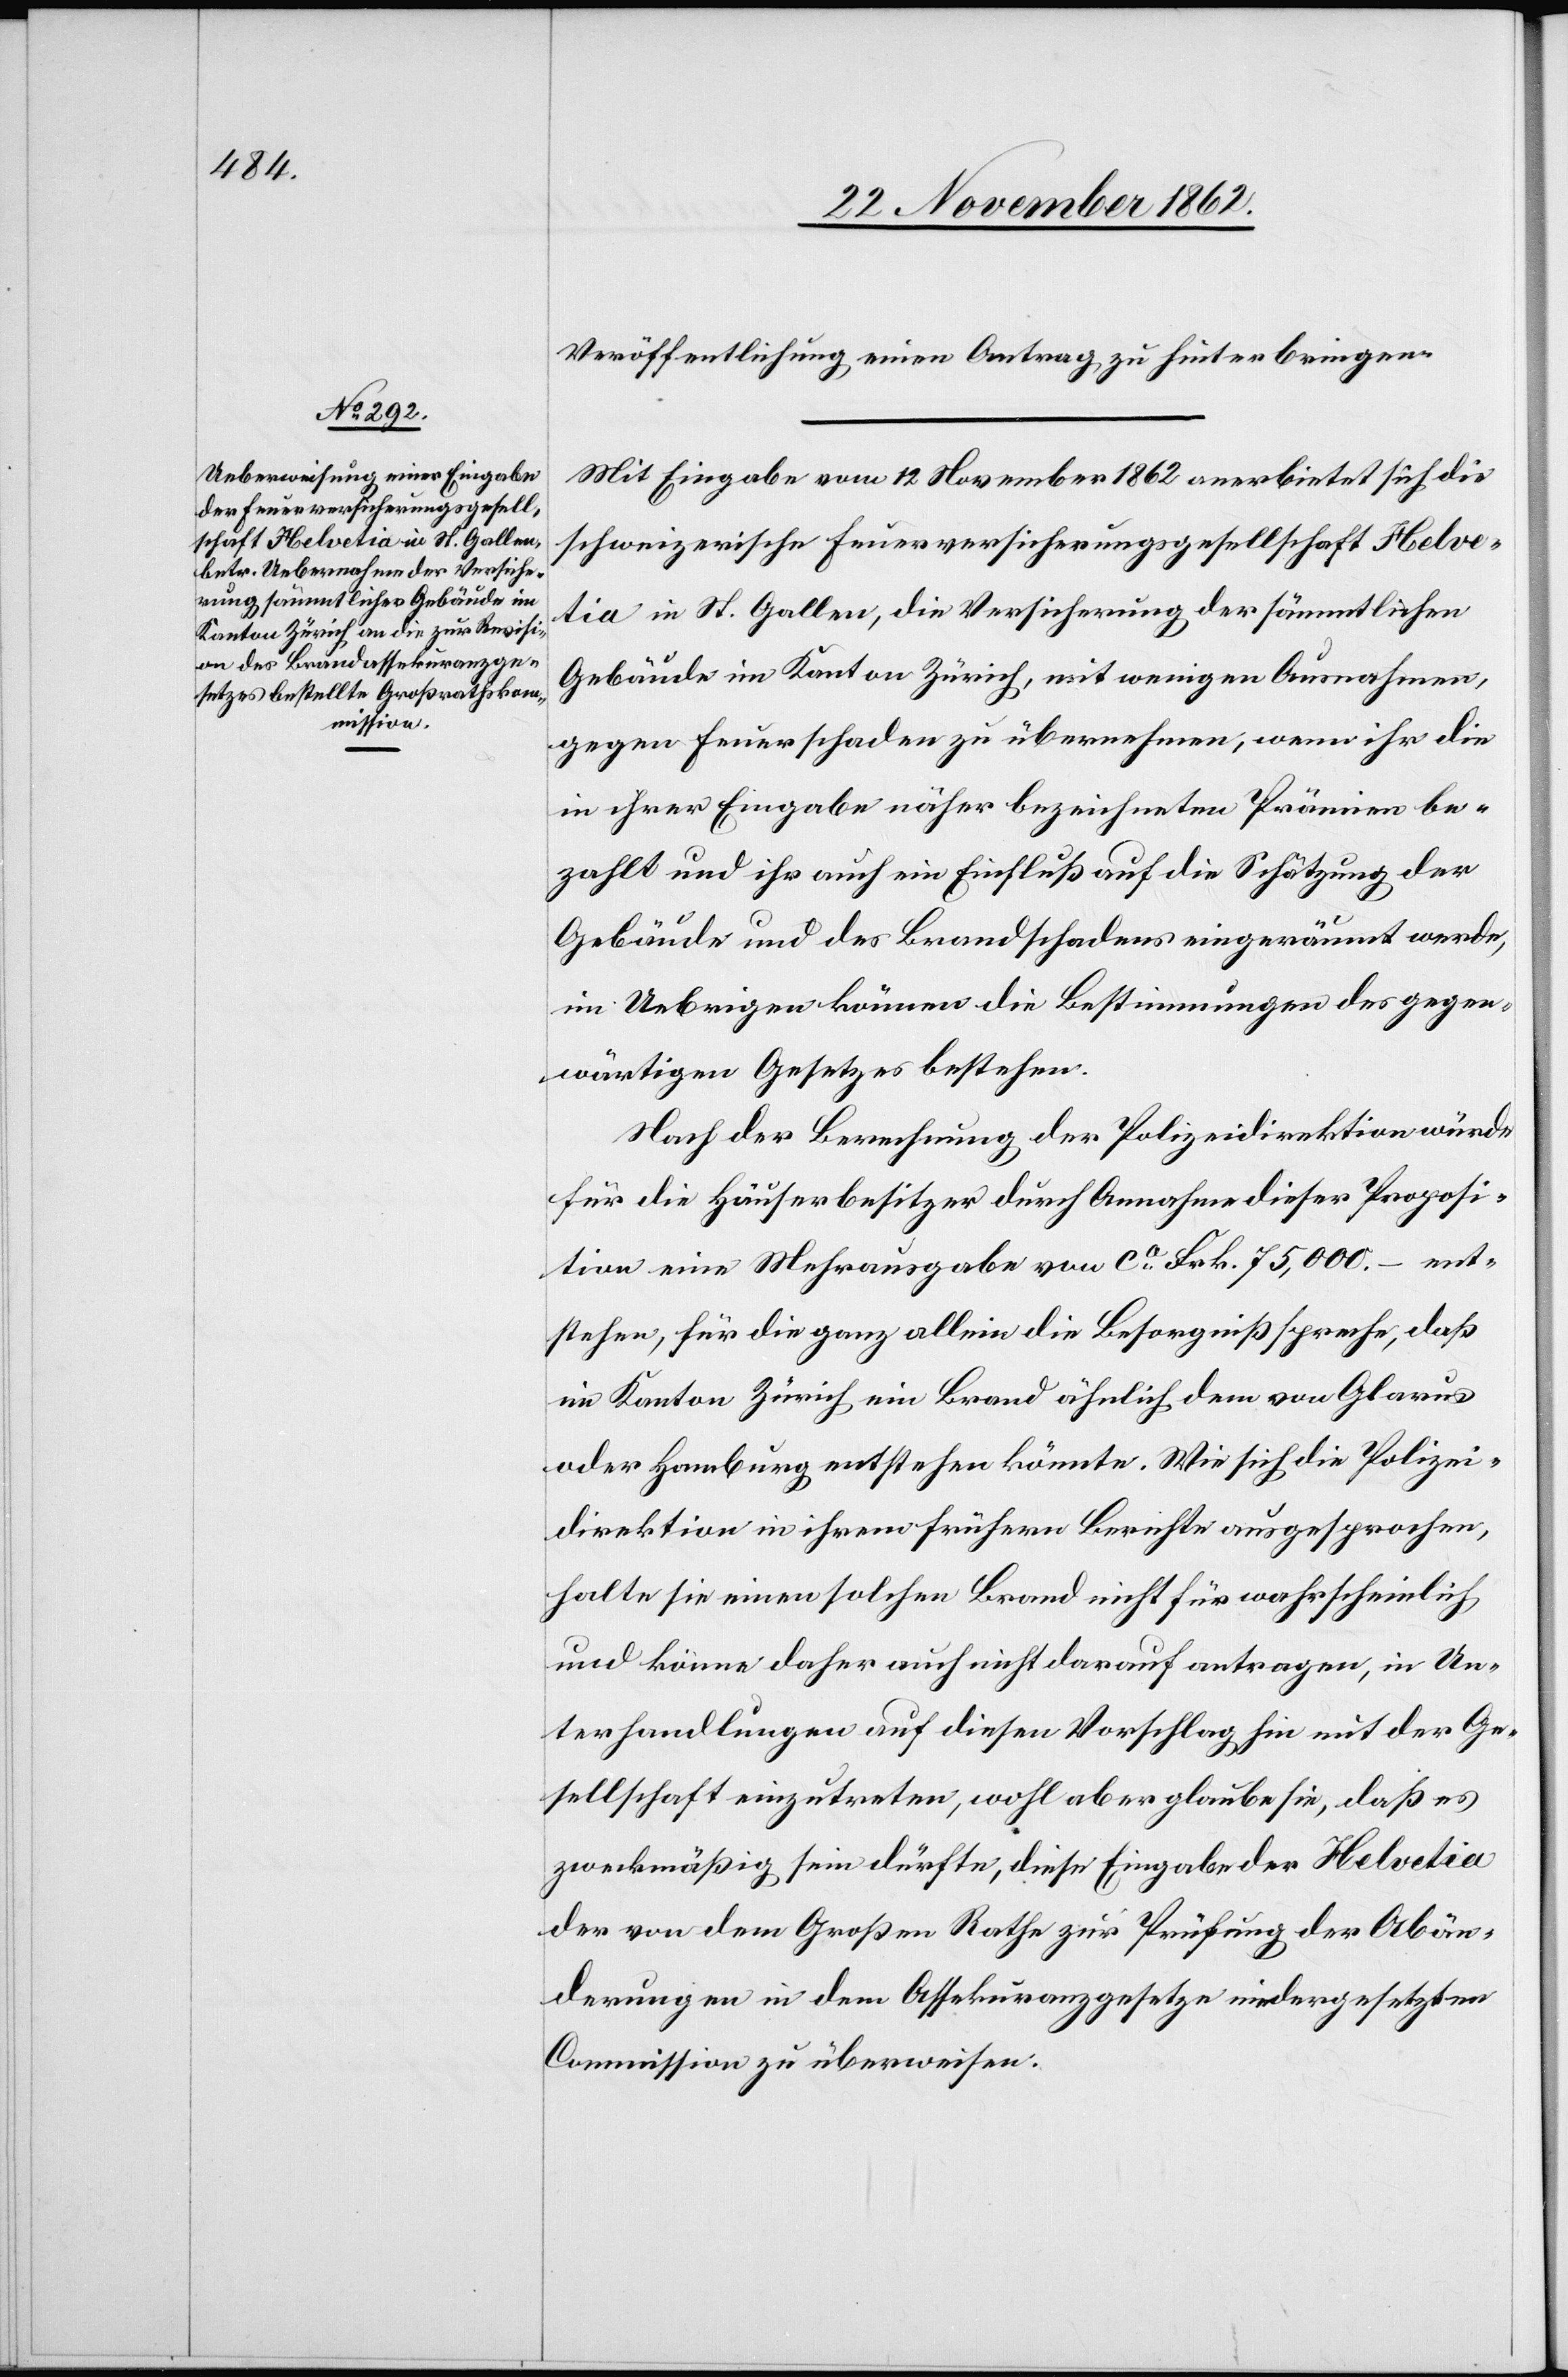
Veröffentlichung einen Antrag zu hinterbringen.
Mit Eingabe vom 12. November 1862 anerbietet sich die
schweizerische Feuerversicherungsgesellschaft Helve¬
tia in St. Gallen, die Versicherung der sämmtlichen
Gebäude im Kanton Zürich, mit wenigen Ausnahmen,
gegen Feuerschaden zu übernehmen, wenn ihr die
in ihrer Eingabe näher bezeichneten Prämien be¬
zahlt und ihr auch ein Einfluß auf die Schätzung der
Gebäude und des Brandschadens eingeräumt werde,
im Uebrigen können die Bestimmungen des gegen¬
wärtigen Gesetzes bestehen.
Nach der Berechnung der Polizeidirektion würde
für die Häuserbesitzer durch Annahme dieser Proposi¬
tion eine Mehrausgabe von ca Frk. 75,000. – ent¬
stehen, für die ganz allein die Besorgniß spreche, daß
im Kanton Zürich ein Brand ähnlich dem von Glarus
oder Hamburg entstehen könnte. Wie sich die Polizei¬
direktion in ihrem frühern Berichte ausgesprochen,
halte sie einen solchen Brand nicht für wahrscheinlich,
und könne daher auch nicht darauf antragen, in Un¬
terhandlungen auf diesen Vorschlag hin mit der Ge¬
sellschaft einzutreten, wohl aber glaube sie, daß es
zweckmäßig sein dürfte, diese Eingabe der Helvetia
der von dem Großen Rathe zur Prüfung der Abän¬
derungen in dem Assekuranzgesetze niedergesetzten
Commission zu überweisen.